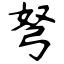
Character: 弩